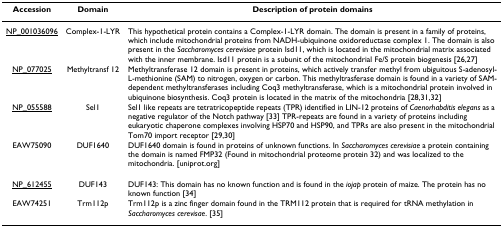
| Accession | Domain | Description of protein domains |
 | --- | --- | --- |
 | NP_001036096 | Complex-1-LYR | This hypothetical protein contains a Complex-1-LYR domain. The domain is present in a family of proteins, which include mitochondrial proteins from NADH-ubiquinone oxidoreductase complex 1. The domain is also present in the Saccharomyces cerevisiae protein Isd11, which is located in the mitochondrial matrix associated with the inner membrane. Isd11 protein is a subunit of the mitochondrial Fe/S protein biogenesis [26,27] |
 | NP_077025 | Methyltransf 12 | Methyltransferase 12 domain is present in proteins, which actively transfer methyl from ubiguitous S-adenosyl-L-methionine (SAM) to nitrogen, oxygen or carbon. This methyltrasferase domain is found in a variety of SAM-dependent methyltransferases including Coq3 methyltransferase, which is a mitochondrial protein involved in ubiquinone biosynthesis. Coq3 protein is located in the matrix of the mitochondria [28,31,32] |
 | NP_055588 | Sel1 | Sel1 like repeats are tetratricopeptide repeats (TPR) identified in LIN-12 proteins of Caenorhabditis elegans as a negative regulator of the Notch pathway [33] TPR-repeats are found in a variety of proteins including eukaryotic chaperone complexes involving HSP70 and HSP90, and TPRs are also present in the mitochondrial Tom70 import receptor [29,30] |
 | EAW75090 | DUF1640 | DUF1640 domain is found in proteins of unknown functions. In Saccharomyces cerevisiae a protein containing the domain is named FMP32 (Found in mitochondrial proteome protein 32) and was localized to the mitochondria. [uniprot.org] |
 | NP_612455 | DUF143 | DUF143: This domain has no known function and is found in the iojap protein of maize. The protein has no known function [34] |
 | EAW74251 | Trm112p | Trm112p is a zinc finger domain found in the TRM112 protein that is required for tRNA methylation in Saccharomyces cerevisae. [35] |